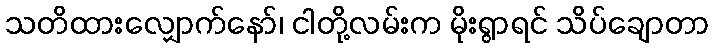
သတိထားလျှောက်နော်၊ ငါတို့လမ်းက မိုးရွာရင် သိပ်ချောတာ